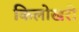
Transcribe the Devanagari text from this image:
किलोखरी